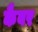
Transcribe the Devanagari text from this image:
कैबर